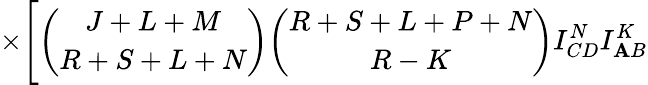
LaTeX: \times\Biggl[{\binom{J+L+M}{R+S+L+N}}{\binom{R+S+L+P+N}{R-K}}I_{CD}^{N}I_{\mathbf{A}B}^{K}